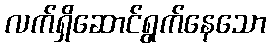
လက်ရှိဆောင်ရွက်နေသော